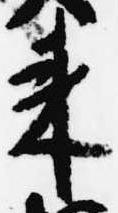
来